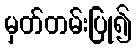
မှတ်တမ်းပြု၍